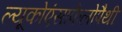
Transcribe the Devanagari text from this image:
ल्यूकोएंसाफेलोपैथी